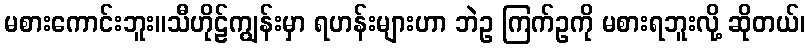
မစားကောင်းဘူး။သီဟိုဠ်ကျွန်းမှာ ရဟန်းများဟာ ဘဲဥ ကြက်ဥကို မစားရဘူးလို့ ဆိုတယ်၊